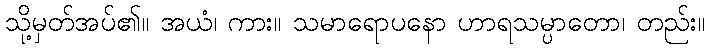
သို့မှတ်အပ်၏။ အယံ၊ ကား။ သမာရောပနော ဟာရသမ္ပာတော၊ တည်း။